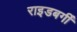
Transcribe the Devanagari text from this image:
राइडबर्गी